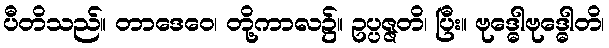
ပီတိသည်။ တာဒေဝေ၊ တို့ကာလ၌။ ဥပ္ပဇ္ဇတိ၊ ပြီး။ ဗုဒ္ဓေါဗုဒ္ဓေါတိ၊